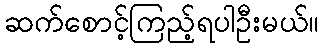
ဆက်စောင့်ကြည့်ရပါဦးမယ်။